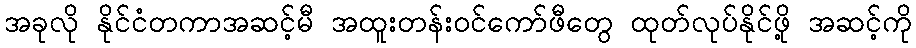
အခုလို နိုင်ငံတကာအဆင့်မီ အထူးတန်းဝင်ကော်ဖီတွေ ထုတ်လုပ်နိုင်ဖို့ အဆင့်ကို